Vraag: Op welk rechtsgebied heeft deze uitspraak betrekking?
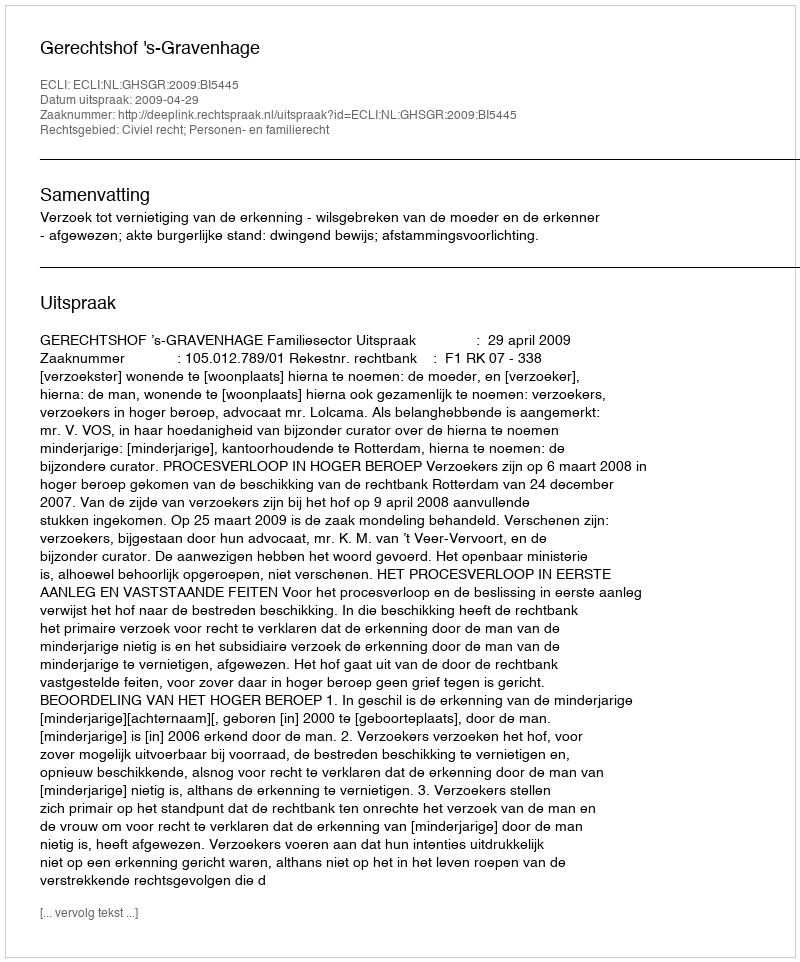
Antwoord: Civiel recht; Personen- en familierecht